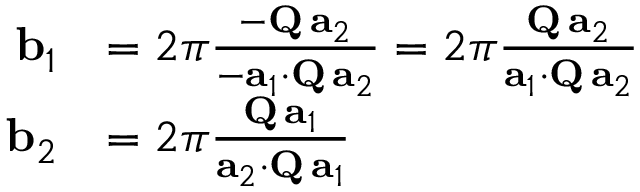
{ \begin{array} { r l } { \mathbf { b } _ { 1 } } & { = 2 \pi { \frac { - \mathbf { Q } \, \mathbf { a } _ { 2 } } { - \mathbf { a } _ { 1 } \cdot \mathbf { Q } \, \mathbf { a } _ { 2 } } } = 2 \pi { \frac { \mathbf { Q } \, \mathbf { a } _ { 2 } } { \mathbf { a } _ { 1 } \cdot \mathbf { Q } \, \mathbf { a } _ { 2 } } } } \\ { \mathbf { b } _ { 2 } } & { = 2 \pi { \frac { \mathbf { Q } \, \mathbf { a } _ { 1 } } { \mathbf { a } _ { 2 } \cdot \mathbf { Q } \, \mathbf { a } _ { 1 } } } } \end{array} }